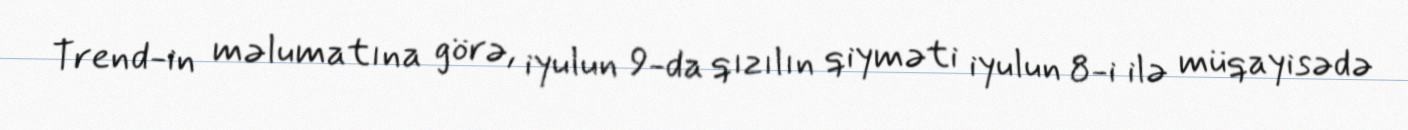
Trend-in məlumatına görə, iyulun 9-da qızılın qiyməti iyulun 8-i ilə müqayisədə